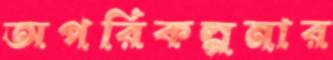
অপরিকল্পনার